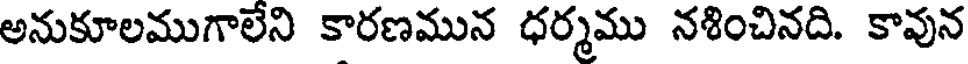
అనుకూలముగాలేని కారణమున ధర్మము నశించినది. కావున